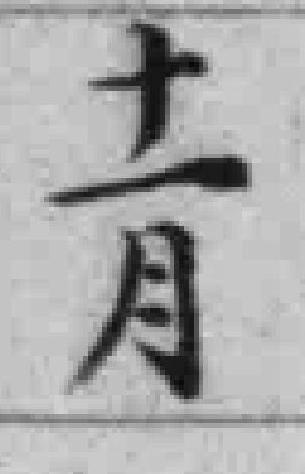
十一月